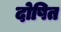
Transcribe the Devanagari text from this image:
दोषित